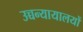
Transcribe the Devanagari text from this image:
उच्चन्यायालयों